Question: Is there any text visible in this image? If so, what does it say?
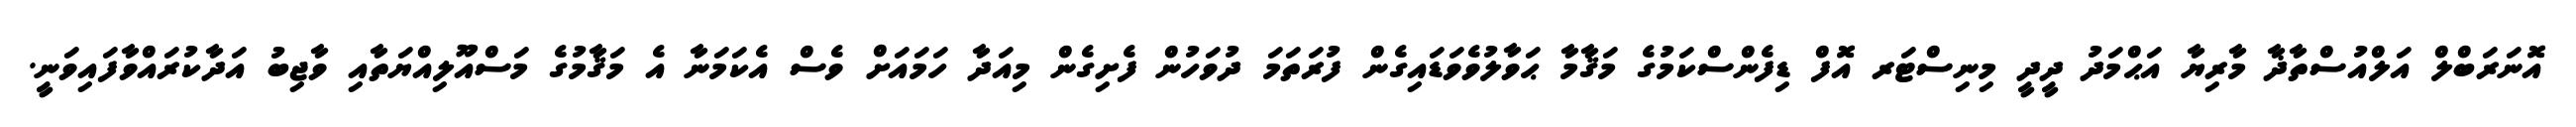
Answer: އޮނަރަބްލް އަލްއުސްތާޛާ މާރިޔާ އަޙްމަދު ދީދީ މިނިސްޓަރ އޮފް ޑިފެންސްކަމުގެ މަޤާމާ ޙަވާލުވެވަޑައިގެން ފުރަތަމަ ދުވަހުން ފެށިގެން މިއަދާ ހަމައަށް ވެސް އެކަމަނާ އެ މަޤާމުގެ މަސްއޫލިއްޔަތާއި ވާޖިބު އަދާކުރައްވާފައިވަނީ.